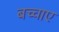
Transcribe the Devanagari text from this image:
बच्चाए